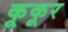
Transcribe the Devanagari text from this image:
कूकूर